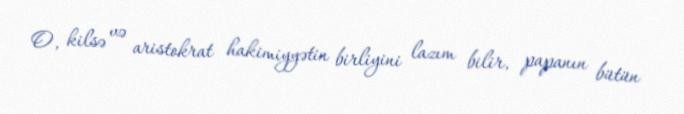
O, kilsə və aristokrat hakimiyyətin birliyini lazım bilir, papanın bütün